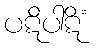
ပဋိပါဋိံ